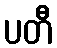
ပတီ